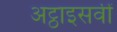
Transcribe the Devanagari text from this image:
अट्ठाइसवीं